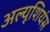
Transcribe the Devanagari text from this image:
अल्यूशियंस